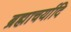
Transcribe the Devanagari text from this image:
ब्रह्माचर्यादि